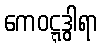
ကေဝဋ္ဋဒွါရာ